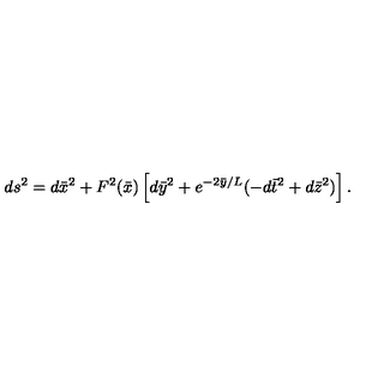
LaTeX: d s ^ { 2 } = d { \bar { x } } ^ { 2 } + F ^ { 2 } ( { \bar { x } } ) \left[ d { \bar { y } } ^ { 2 } + e ^ { - 2 { \bar { y } } / L } ( - d { \bar { t } } ^ { 2 } + d { \bar { z } } ^ { 2 } ) \right] .